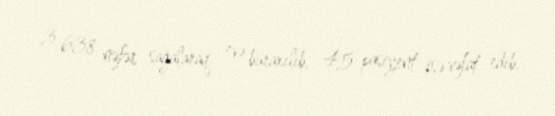
3 638 nəfər sağalaraq evə buraxılıb, 45 pasiyent isə vəfat edib.